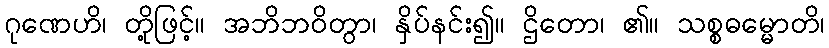
ဂုဏေဟိ၊ တို့ဖြင့်။ အဘိဘဝိတွာ၊ နှိပ်နင်း၍။ ဌိတော၊ ၏။ သစ္စဓမ္မောတိ၊